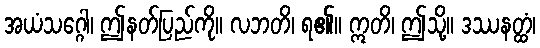
အယံသဂ္ဂေါ၊ ဤနတ်ပြည်ကို။ လဘတိ၊ ရ၏။ ဣတိ၊ ဤသို့။ ဒဿနတ္ထံ၊